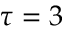
\tau = 3